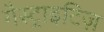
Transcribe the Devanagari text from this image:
गैस्ट्राइटिज़